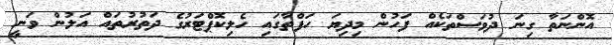
އޮންނަތާ ގިނަ ދުވަސްތަކެއް ފަހުން މިދިޔަ ހަފްތާގައި ހެލިކޮޕްޓަރުގެ ދަތުރުތައް އަލުން ވަނީ